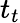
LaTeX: t_{t}